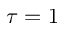
\tau = 1